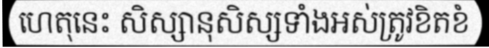
ហេតុនេះ សិស្សានុសិស្សទាំងអស់ត្រូវខិតខំ